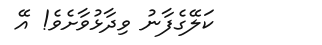
ކަލޭގެފާނު ވިދާޅުވާށެވެ! އޭ